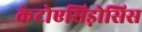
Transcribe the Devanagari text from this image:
केटोएसिड़ोसिस